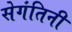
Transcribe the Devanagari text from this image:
सेगंतिनी